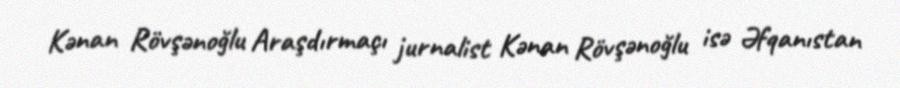
Kənan Rövşənoğlu Araşdırmaçı jurnalist Kənan Rövşənoğlu isə Əfqanıstan